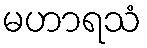
မဟာရသံ